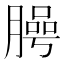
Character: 㬽